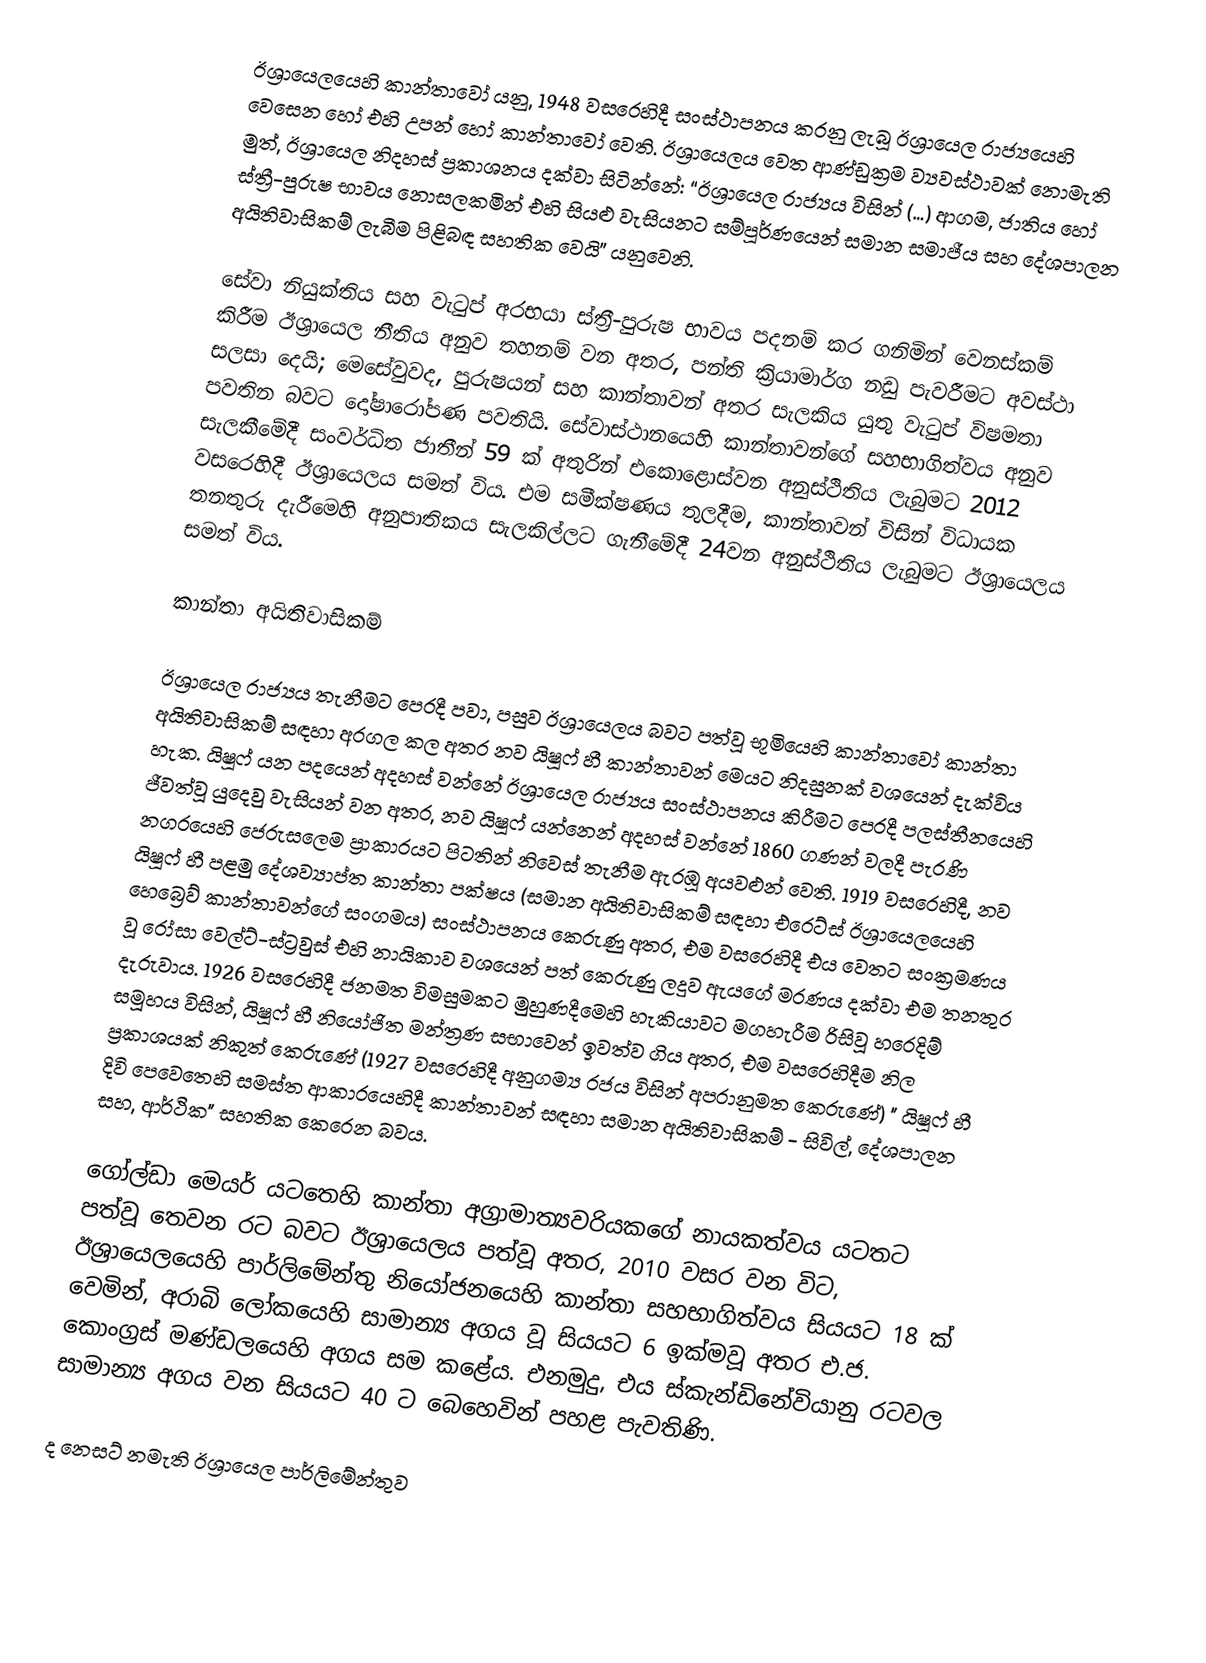
ඊශ්‍රායෙලයෙහි කාන්තාවෝ  යනු, 1948 වසරෙහිදී සංස්ථාපනය කරනු ලැබූ   ඊශ්‍රායෙල රාජ්‍යයෙහි වෙසෙන හෝ එහි උපන් හෝ කාන්තාවෝ වෙති. ඊශ්‍රායෙලය වෙත ආණ්ඩුක්‍රම ව්‍යවස්ථාවක් නොමැති මුත්, ඊශ්‍රායෙල නිදහස් ප්‍රකාශනය දක්වා සිටින්නේ: “ඊශ්‍රායෙල රාජ්‍යය විසින් (…) ආගම,  ජාතිය හෝ ස්ත්‍රී-පුරුෂ භාවය නොසලකමින් එහි සියළු වැසියනට සම්පූර්ණයෙන් සමාන සමාජීය සහ දේශපාලන අයිතිවාසිකම් ලැබීම පිළිබඳ සහතික වෙයි” යනුවෙනි.

සේවා නියුක්තිය සහ වැටුප් අරභයා  ස්ත්‍රී-පුරුෂ භාවය පදනම් කර ගනිමින් වෙනස්කම් කිරීම ඊශ්‍රායෙල නීතිය අනුව තහනම් වන අතර, පන්ති ක්‍රියාමාර්ග නඩු පැවරීමට අවස්ථා සලසා දෙයි; මෙසේවුවද, පුරුෂයන් සහ කාන්තාවන් අතර සැලකිය යුතු වැටුප් විෂමතා පවතින බවට දෝෂාරෝපණ පවතියි.   සේවාස්ථානයෙහි කාන්තාවන්ගේ සහභාගිත්වය අනුව සැලකීමේදී සංවර්ධිත ජාතීන් 59 ක් අතුරින් එකොළොස්වන අනුස්ථිතිය ලැබුමට 2012 වසරෙහිදී ඊශ්‍රායෙලය සමත් විය. එම සමීක්ෂණය තුලදීම, කාන්තාවන් විසින් විධායක තනතුරු දැරීමෙහි අනුපාතිකය සැලකිල්ලට ගැනීමේදී 24වන අනුස්ථිතිය ලැබුමට ඊශ්‍රායෙලය සමත් විය.

කාන්තා අයිතිවාසිකම්

ඊශ්‍රායෙල රාජ්‍යය තැනීමට පෙරදී පවා, පසුව ඊශ්‍රායෙලය බවට පත්වූ භූමියෙහි කාන්තාවෝ කාන්තා අයිතිවාසිකම් සඳහා අරගල කල අතර නව යිෂූෆ් හී කාන්තාවන් මෙයට නිදසුනක් වශයෙන් දැක්විය හැක. යිෂූෆ් යන පදයෙන් අදහස් වන්නේ ඊශ්‍රායෙල රාජ්‍යය සංස්ථාපනය කිරීමට පෙරදී  පලස්තීනයෙහි ජීවත්වූ යුදෙවු වැසියන් වන අතර, නව යිෂූෆ් යන්නෙන් අදහස් වන්නේ 1860 ගණන් වලදී  පැරණි නගරයෙහි ජෙරුසලෙම ප්‍රාකාරයට පිටතින් නිවෙස් තැනීම ඇරඹූ අයවළුන් වෙති. 1919 වසරෙහිදී, නව යිෂූෆ් හී පළමු දේශව්‍යාප්ත කාන්තා පක්ෂය (සමාන අයිතිවාසිකම් සඳහා  එරෙට්ස් ඊශ්‍රායෙලයෙහි හෙබ්‍රෙව් කාන්තාවන්ගේ සංගමය) සංස්ථාපනය කෙරුණු අතර, එම වසරෙහිදී එය වෙතට සංක්‍රමණය වූ රෝසා වෙල්ට්-ස්ට්‍රවුස් එහි නායිකාව වශයෙන් පත් කෙරුණු ලදුව ඇයගේ මරණය දක්වා එම තනතුර දැරුවාය. 1926  වසරෙහිදී ජනමත විමසුමකට මුහුණදීමෙහි හැකියාවට මගහැරීම රිසිවූ හරෙදිම් සමූහය විසින්, යිෂූෆ් හී නියෝජිත මන්ත්‍රණ සභාවෙන් ඉවත්ව ගිය අතර, එම වසරෙහිදීම නිල ප්‍රකාශයක් නිකුත් කෙරුණේ (1927 වසරෙහිදී අනුගම්‍ය රජය විසින් අපරානුමත කෙරුණේ) " යිෂූෆ් හී දිවි පෙවෙතෙහි සමස්ත ආකාරයෙහිදී කාන්තාවන් සඳහා සමාන අයිතිවාසිකම් - සිවිල්, දේශපාලන සහ, ආර්ථික" සහතික කෙරෙන බවය.

ගෝල්ඩා මෙයර් යටතෙහි කාන්තා අග්‍රාමාත්‍යවරියකගේ නායකත්වය යටතට පත්වූ තෙවන රට බවට ඊශ්‍රායෙලය පත්වූ අතර, 2010 වසර වන විට, ඊශ්‍රායෙලයෙහි පාර්ලිමේන්තු නියෝජනයෙහි කාන්තා සහභාගිත්වය සියයට 18 ක් වෙමින්, අරාබි ලෝකයෙහි සාමාන්‍ය අගය වූ සියයට 6 ඉක්මවූ අතර   එ.ජ. කොංග්‍රස් මණ්ඩලයෙහි අගය සම කළේය. එනමුදු, එය  ස්කැන්ඩිනේවියානු රටවල සාමාන්‍ය අගය වන සියයට 40 ට බෙහෙවින් පහළ පැවතිණි.

ද නෙසට් නමැති ඊශ්‍රායෙල පාර්ලිමේන්තුව